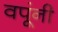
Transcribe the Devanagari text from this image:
वपूंनी